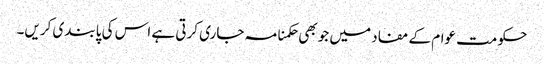
حکومت عوام کے مفاد میں جو بھی حکمنامہ جاری کرتی ہے اس کی پابندی کریں۔